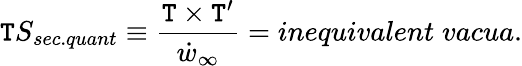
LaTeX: \mathtt{T}S_{sec.quant}\equiv\frac{{\mathtt{T}\times\mathtt{T}^{\prime}}}{{\dot{{w}}_{\infty}}}=inequivalent\; vacua.